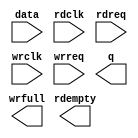
// megafunction wizard: %FIFO%VBB%
// GENERATION: STANDARD
// VERSION: WM1.0
// MODULE: dcfifo 

// ============================================================
// Megafunction Name(s):
// 			dcfifo
//
// Simulation Library Files(s):
// 			altera_mf
// ============================================================
// ************************************************************
// THIS IS A WIZARD-GENERATED FILE. DO NOT EDIT THIS FILE!
//
// 18.1.0 Build 625 09/12/2018 SJ Lite Edition
// ************************************************************

//Copyright (C) 2018  Intel Corporation. All rights reserved.
//Your use of Intel Corporation's design tools, logic functions 
//and other software and tools, and its AMPP partner logic 
//functions, and any output files from any of the foregoing 
//(including device programming or simulation files), and any 
//associated documentation or information are expressly subject 
//to the terms and conditions of the Intel Program License 
//Subscription Agreement, the Intel Quartus Prime License Agreement,
//the Intel FPGA IP License Agreement, or other applicable license
//agreement, including, without limitation, that your use is for
//the sole purpose of programming logic devices manufactured by
//Intel and sold by Intel or its authorized distributors.  Please
//refer to the applicable agreement for further details.

module FIFO (
	data,
	rdclk,
	rdreq,
	wrclk,
	wrreq,
	q,
	rdempty,
	wrfull);

	input	[31:0]  data;
	input	  rdclk;
	input	  rdreq;
	input	  wrclk;
	input	  wrreq;
	output	[31:0]  q;
	output	  rdempty;
	output	  wrfull;

endmodule

// ============================================================
// CNX file retrieval info
// ============================================================
// Retrieval info: PRIVATE: AlmostEmpty NUMERIC "0"
// Retrieval info: PRIVATE: AlmostEmptyThr NUMERIC "-1"
// Retrieval info: PRIVATE: AlmostFull NUMERIC "0"
// Retrieval info: PRIVATE: AlmostFullThr NUMERIC "-1"
// Retrieval info: PRIVATE: CLOCKS_ARE_SYNCHRONIZED NUMERIC "0"
// Retrieval info: PRIVATE: Clock NUMERIC "4"
// Retrieval info: PRIVATE: Depth NUMERIC "256"
// Retrieval info: PRIVATE: Empty NUMERIC "1"
// Retrieval info: PRIVATE: Full NUMERIC "1"
// Retrieval info: PRIVATE: INTENDED_DEVICE_FAMILY STRING "MAX 10"
// Retrieval info: PRIVATE: LE_BasedFIFO NUMERIC "0"
// Retrieval info: PRIVATE: LegacyRREQ NUMERIC "1"
// Retrieval info: PRIVATE: MAX_DEPTH_BY_9 NUMERIC "0"
// Retrieval info: PRIVATE: OVERFLOW_CHECKING NUMERIC "0"
// Retrieval info: PRIVATE: Optimize NUMERIC "0"
// Retrieval info: PRIVATE: RAM_BLOCK_TYPE NUMERIC "0"
// Retrieval info: PRIVATE: SYNTH_WRAPPER_GEN_POSTFIX STRING "0"
// Retrieval info: PRIVATE: UNDERFLOW_CHECKING NUMERIC "0"
// Retrieval info: PRIVATE: UsedW NUMERIC "1"
// Retrieval info: PRIVATE: Width NUMERIC "32"
// Retrieval info: PRIVATE: dc_aclr NUMERIC "0"
// Retrieval info: PRIVATE: diff_widths NUMERIC "0"
// Retrieval info: PRIVATE: msb_usedw NUMERIC "0"
// Retrieval info: PRIVATE: output_width NUMERIC "32"
// Retrieval info: PRIVATE: rsEmpty NUMERIC "1"
// Retrieval info: PRIVATE: rsFull NUMERIC "0"
// Retrieval info: PRIVATE: rsUsedW NUMERIC "0"
// Retrieval info: PRIVATE: sc_aclr NUMERIC "0"
// Retrieval info: PRIVATE: sc_sclr NUMERIC "0"
// Retrieval info: PRIVATE: wsEmpty NUMERIC "0"
// Retrieval info: PRIVATE: wsFull NUMERIC "1"
// Retrieval info: PRIVATE: wsUsedW NUMERIC "0"
// Retrieval info: LIBRARY: altera_mf altera_mf.altera_mf_components.all
// Retrieval info: CONSTANT: INTENDED_DEVICE_FAMILY STRING "MAX 10"
// Retrieval info: CONSTANT: LPM_NUMWORDS NUMERIC "256"
// Retrieval info: CONSTANT: LPM_SHOWAHEAD STRING "OFF"
// Retrieval info: CONSTANT: LPM_TYPE STRING "dcfifo"
// Retrieval info: CONSTANT: LPM_WIDTH NUMERIC "32"
// Retrieval info: CONSTANT: LPM_WIDTHU NUMERIC "8"
// Retrieval info: CONSTANT: OVERFLOW_CHECKING STRING "ON"
// Retrieval info: CONSTANT: RDSYNC_DELAYPIPE NUMERIC "4"
// Retrieval info: CONSTANT: UNDERFLOW_CHECKING STRING "ON"
// Retrieval info: CONSTANT: USE_EAB STRING "ON"
// Retrieval info: CONSTANT: WRSYNC_DELAYPIPE NUMERIC "4"
// Retrieval info: USED_PORT: data 0 0 32 0 INPUT NODEFVAL "data[31..0]"
// Retrieval info: USED_PORT: q 0 0 32 0 OUTPUT NODEFVAL "q[31..0]"
// Retrieval info: USED_PORT: rdclk 0 0 0 0 INPUT NODEFVAL "rdclk"
// Retrieval info: USED_PORT: rdempty 0 0 0 0 OUTPUT NODEFVAL "rdempty"
// Retrieval info: USED_PORT: rdreq 0 0 0 0 INPUT NODEFVAL "rdreq"
// Retrieval info: USED_PORT: wrclk 0 0 0 0 INPUT NODEFVAL "wrclk"
// Retrieval info: USED_PORT: wrfull 0 0 0 0 OUTPUT NODEFVAL "wrfull"
// Retrieval info: USED_PORT: wrreq 0 0 0 0 INPUT NODEFVAL "wrreq"
// Retrieval info: CONNECT: @data 0 0 32 0 data 0 0 32 0
// Retrieval info: CONNECT: @rdclk 0 0 0 0 rdclk 0 0 0 0
// Retrieval info: CONNECT: @rdreq 0 0 0 0 rdreq 0 0 0 0
// Retrieval info: CONNECT: @wrclk 0 0 0 0 wrclk 0 0 0 0
// Retrieval info: CONNECT: @wrreq 0 0 0 0 wrreq 0 0 0 0
// Retrieval info: CONNECT: q 0 0 32 0 @q 0 0 32 0
// Retrieval info: CONNECT: rdempty 0 0 0 0 @rdempty 0 0 0 0
// Retrieval info: CONNECT: wrfull 0 0 0 0 @wrfull 0 0 0 0
// Retrieval info: GEN_FILE: TYPE_NORMAL FIFO.v TRUE
// Retrieval info: GEN_FILE: TYPE_NORMAL FIFO.inc FALSE
// Retrieval info: GEN_FILE: TYPE_NORMAL FIFO.cmp FALSE
// Retrieval info: GEN_FILE: TYPE_NORMAL FIFO.bsf FALSE
// Retrieval info: GEN_FILE: TYPE_NORMAL FIFO_inst.v FALSE
// Retrieval info: GEN_FILE: TYPE_NORMAL FIFO_bb.v TRUE
// Retrieval info: LIB_FILE: altera_mf